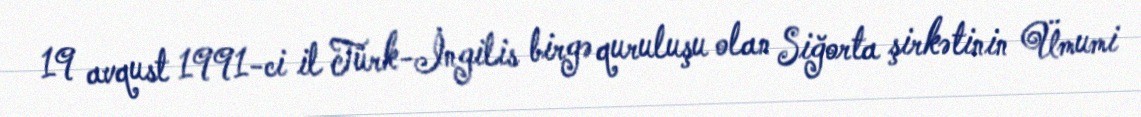
19 avqust 1991-ci il Türk-İngilis birgə quruluşu olan Siğorta şirkətinin Ümumi